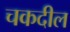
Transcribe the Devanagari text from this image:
चकदील